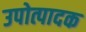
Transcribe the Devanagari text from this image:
उपोत्पादक